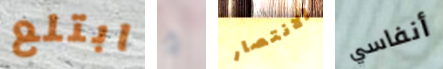
ابتلع و الانتصار أنفاسي